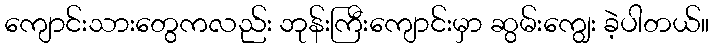
ကျောင်းသားတွေကလည်း ဘုန်းကြီးကျောင်းမှာ ဆွမ်းကျွေး ခဲ့ပါတယ်။